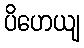
ပိဟေယျ